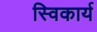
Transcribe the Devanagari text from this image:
स्विकार्य